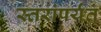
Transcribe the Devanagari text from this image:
स्तरांपर्यंत